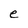
Character: e